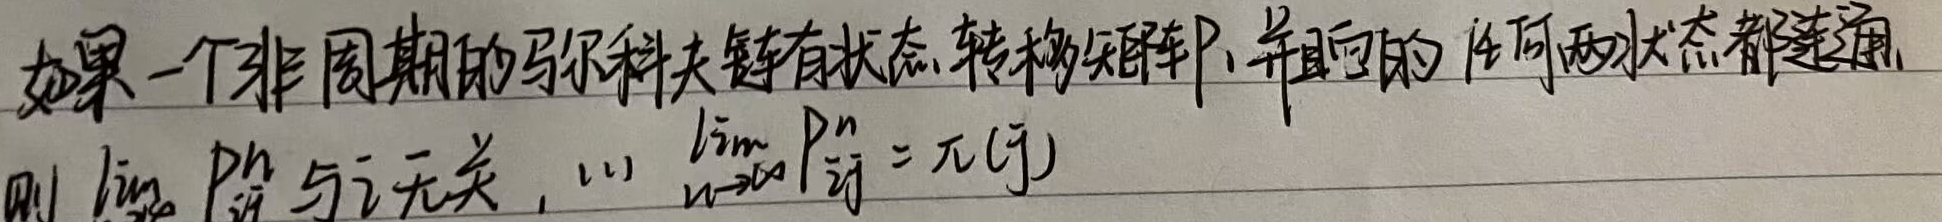
如果一个非周期的马尔科夫链有状态转移矩阵\(P\)，并且它的任何两状态都连通，则\(\lim\limits_{n \to \infty} P_{ij}^{n}\)与\(i\)无关，(1) \(\lim\limits_{n \to \infty} P_{ij}^{n} = \pi (j)\)